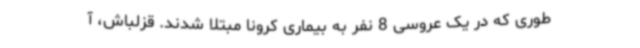
‌طوری که‌ در یک عروسی 8 نفر به بیماری کرونا مبتلا شدند. قزلباش، آ